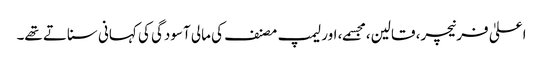
اعلیٰ فرنیچر، قالین، مجسمے، اور لیمپ مصنف کی مالی آسودگی کی کہانی سناتے تھے۔